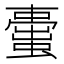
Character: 蟗